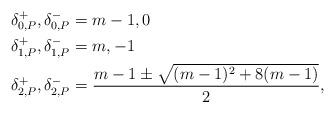
LaTeX: \begin{align*}&\delta_{0,P}^{+},\delta_{0,P}^{-}=m-1,0\\&\delta_{1,P}^{+},\delta_{1,P}^{-}=m,-1\\&\delta_{2,P}^{+},\delta_{2,P}^{-}=\frac{m-1\pm \sqrt{(m-1)^{2}+8(m-1)}}{2},\end{align*}